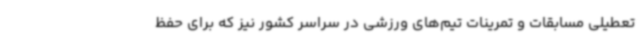
تعطیلی مسابقات و تمرینات تیم‌های ورزشی در سراسر کشور نیز که برای حفظ